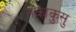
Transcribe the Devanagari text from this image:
तकाकुसु